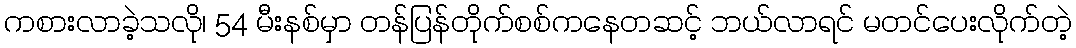
ကစားလာခဲ့သလို၊ 54 မီးနစ်မှာ တန်ပြန်တိုက်စစ်ကနေတဆင့် ဘယ်လာရင် မတင်ပေးလိုက်တဲ့